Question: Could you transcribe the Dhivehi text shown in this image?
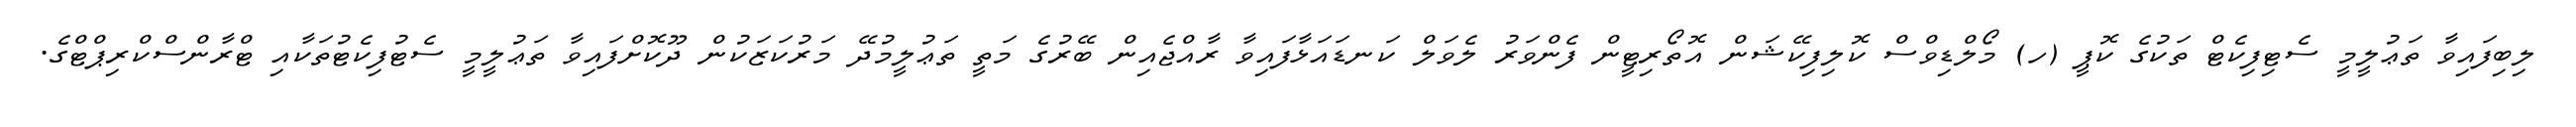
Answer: ލިބިފައިވާ ތަޢުލީމީ ސެޓިފިކެޓް ތަކުގެ ކޮޕީ (ހ) މޯލްޑިވްސް ކޮލިފިކޭޝަން އޮތޯރިޓީން ފެންވަރު ލެވަލް ކަނޑައަޅާފައިވާ ރާއްޖެއިން ބޭރުގެ މަތީ ތަޢުލީމުދޭ މަރުކަޒަކުން ދޫކޮށްފައިވާ ތަޢުލީމީ ސެޓުފިކެޓުތަކާއި ޓްރާންސްކްރިޕްޓްގެ.